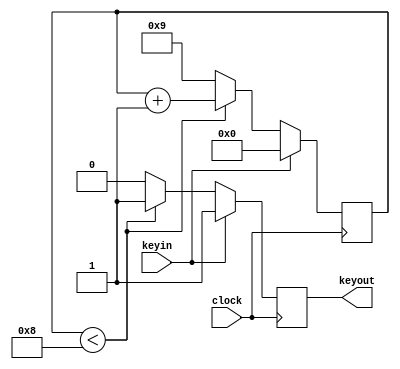
module shake(clock,keyin,keyout);
	input clock,keyin;
	output keyout;
	reg[3:0]count;
	reg keyout;

	always@(posedge clock)
		begin 
			if (keyin==0)
			begin
				count<=count+1;
				if(count<8)
				  keyout<=1;
				else 
				  begin
						keyout<=keyin;
						count<=9;
					end
		 	end
		  else
		    begin
					count<=0;
					keyout<=1;
			  end
			end
endmodule